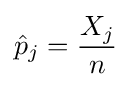
{\hat {p}}_{j}={\frac {X_{j}}{n}}